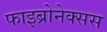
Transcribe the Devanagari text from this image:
फाइब्रोनेक्सस